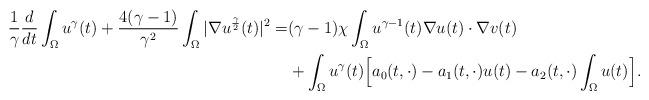
LaTeX: \begin{align*} \frac{1}{\gamma}\frac{d}{dt}\int_{\Omega}u^{\gamma}(t)+\frac{4(\gamma-1)}{\gamma^2}\int_{\Omega} |\nabla u^{\frac{\gamma}{2}}(t)|^2=&(\gamma-1)\chi\int_{\Omega}u^{\gamma-1}(t)\nabla u (t)\cdot \nabla v(t) \\ &+\int_{\Omega}u^{\gamma}(t)\Big[a_0(t,\cdot)-a_1(t,\cdot)u(t)-a_2(t,\cdot)\int_{\Omega}u(t) \Big]. \end{align*}